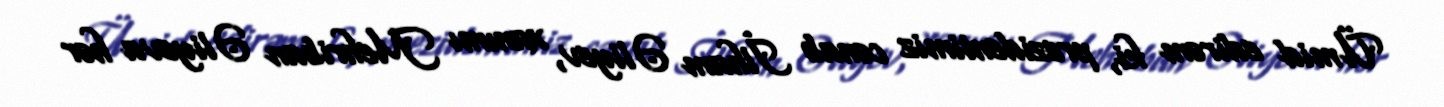
Ümid edirəm ki, prezidentimiz cənab İlham Əliyev, xanımı Mehriban Əliyeva hər